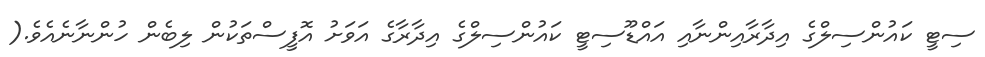
ސިޓީ ކައުންސިލްގެ އިދާރާއިންނާއި އައްޑޫސިޓީ ކައުންސިލްގެ އިދާރާގެ އަވަށު އޮފީސްތަކުން ލިބެން ހުންނާނެއެވެ.(